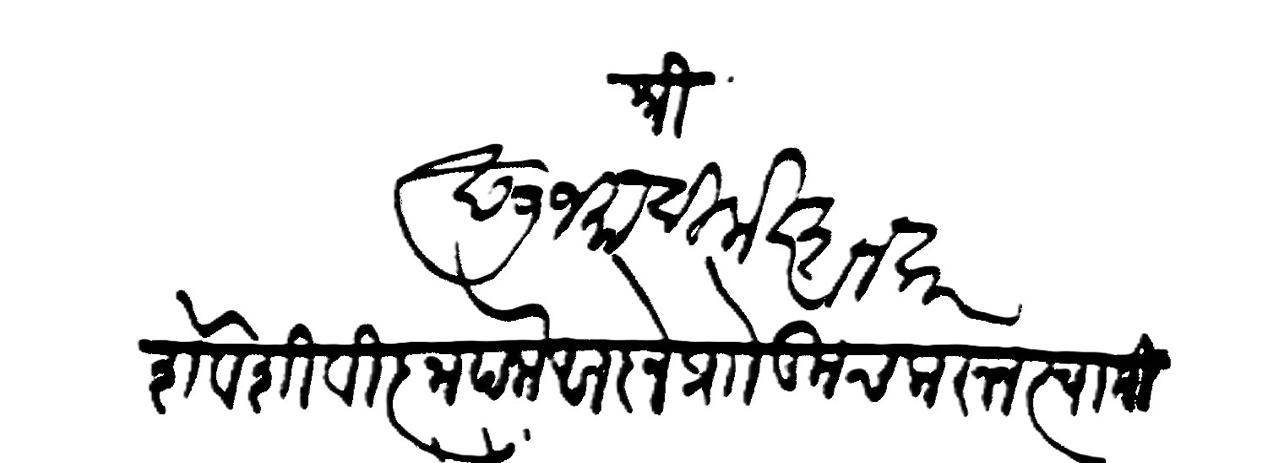
Transliteration (Devanagari): श्री छ७ जमादिलाखर शनवार शेवेशी विज्ञापना आज्ञे प्रो कूच करून स्वामी